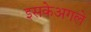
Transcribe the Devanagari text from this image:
इसकेअगले